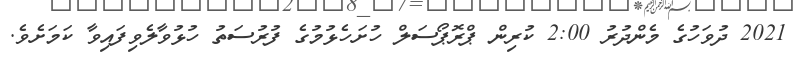
2021 ދުވަހުގެ މެންދުރު 2:00 ކުރިން ޕްރޮޕޯސަލް ހުށަހެޅުމުގެ ފުރުސަތު ހުޅުވާލެވިފައިވާ ކަމަށެވެ.